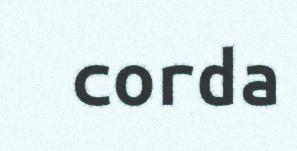
corda